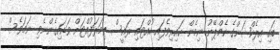
ބައި އިލެކްޝަންގެ ކެމްޕޭނު ނިމެން ކައިރިވެފައި ހުއްޓައި ރައީސް ތިމަރަފުއްޓަށް ވަޑައިގެންނެވި ނަމަވެސް